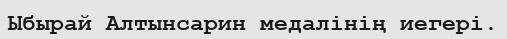
Ыбырай Алтынсарин медалінің иегері.